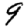
Digit: 9